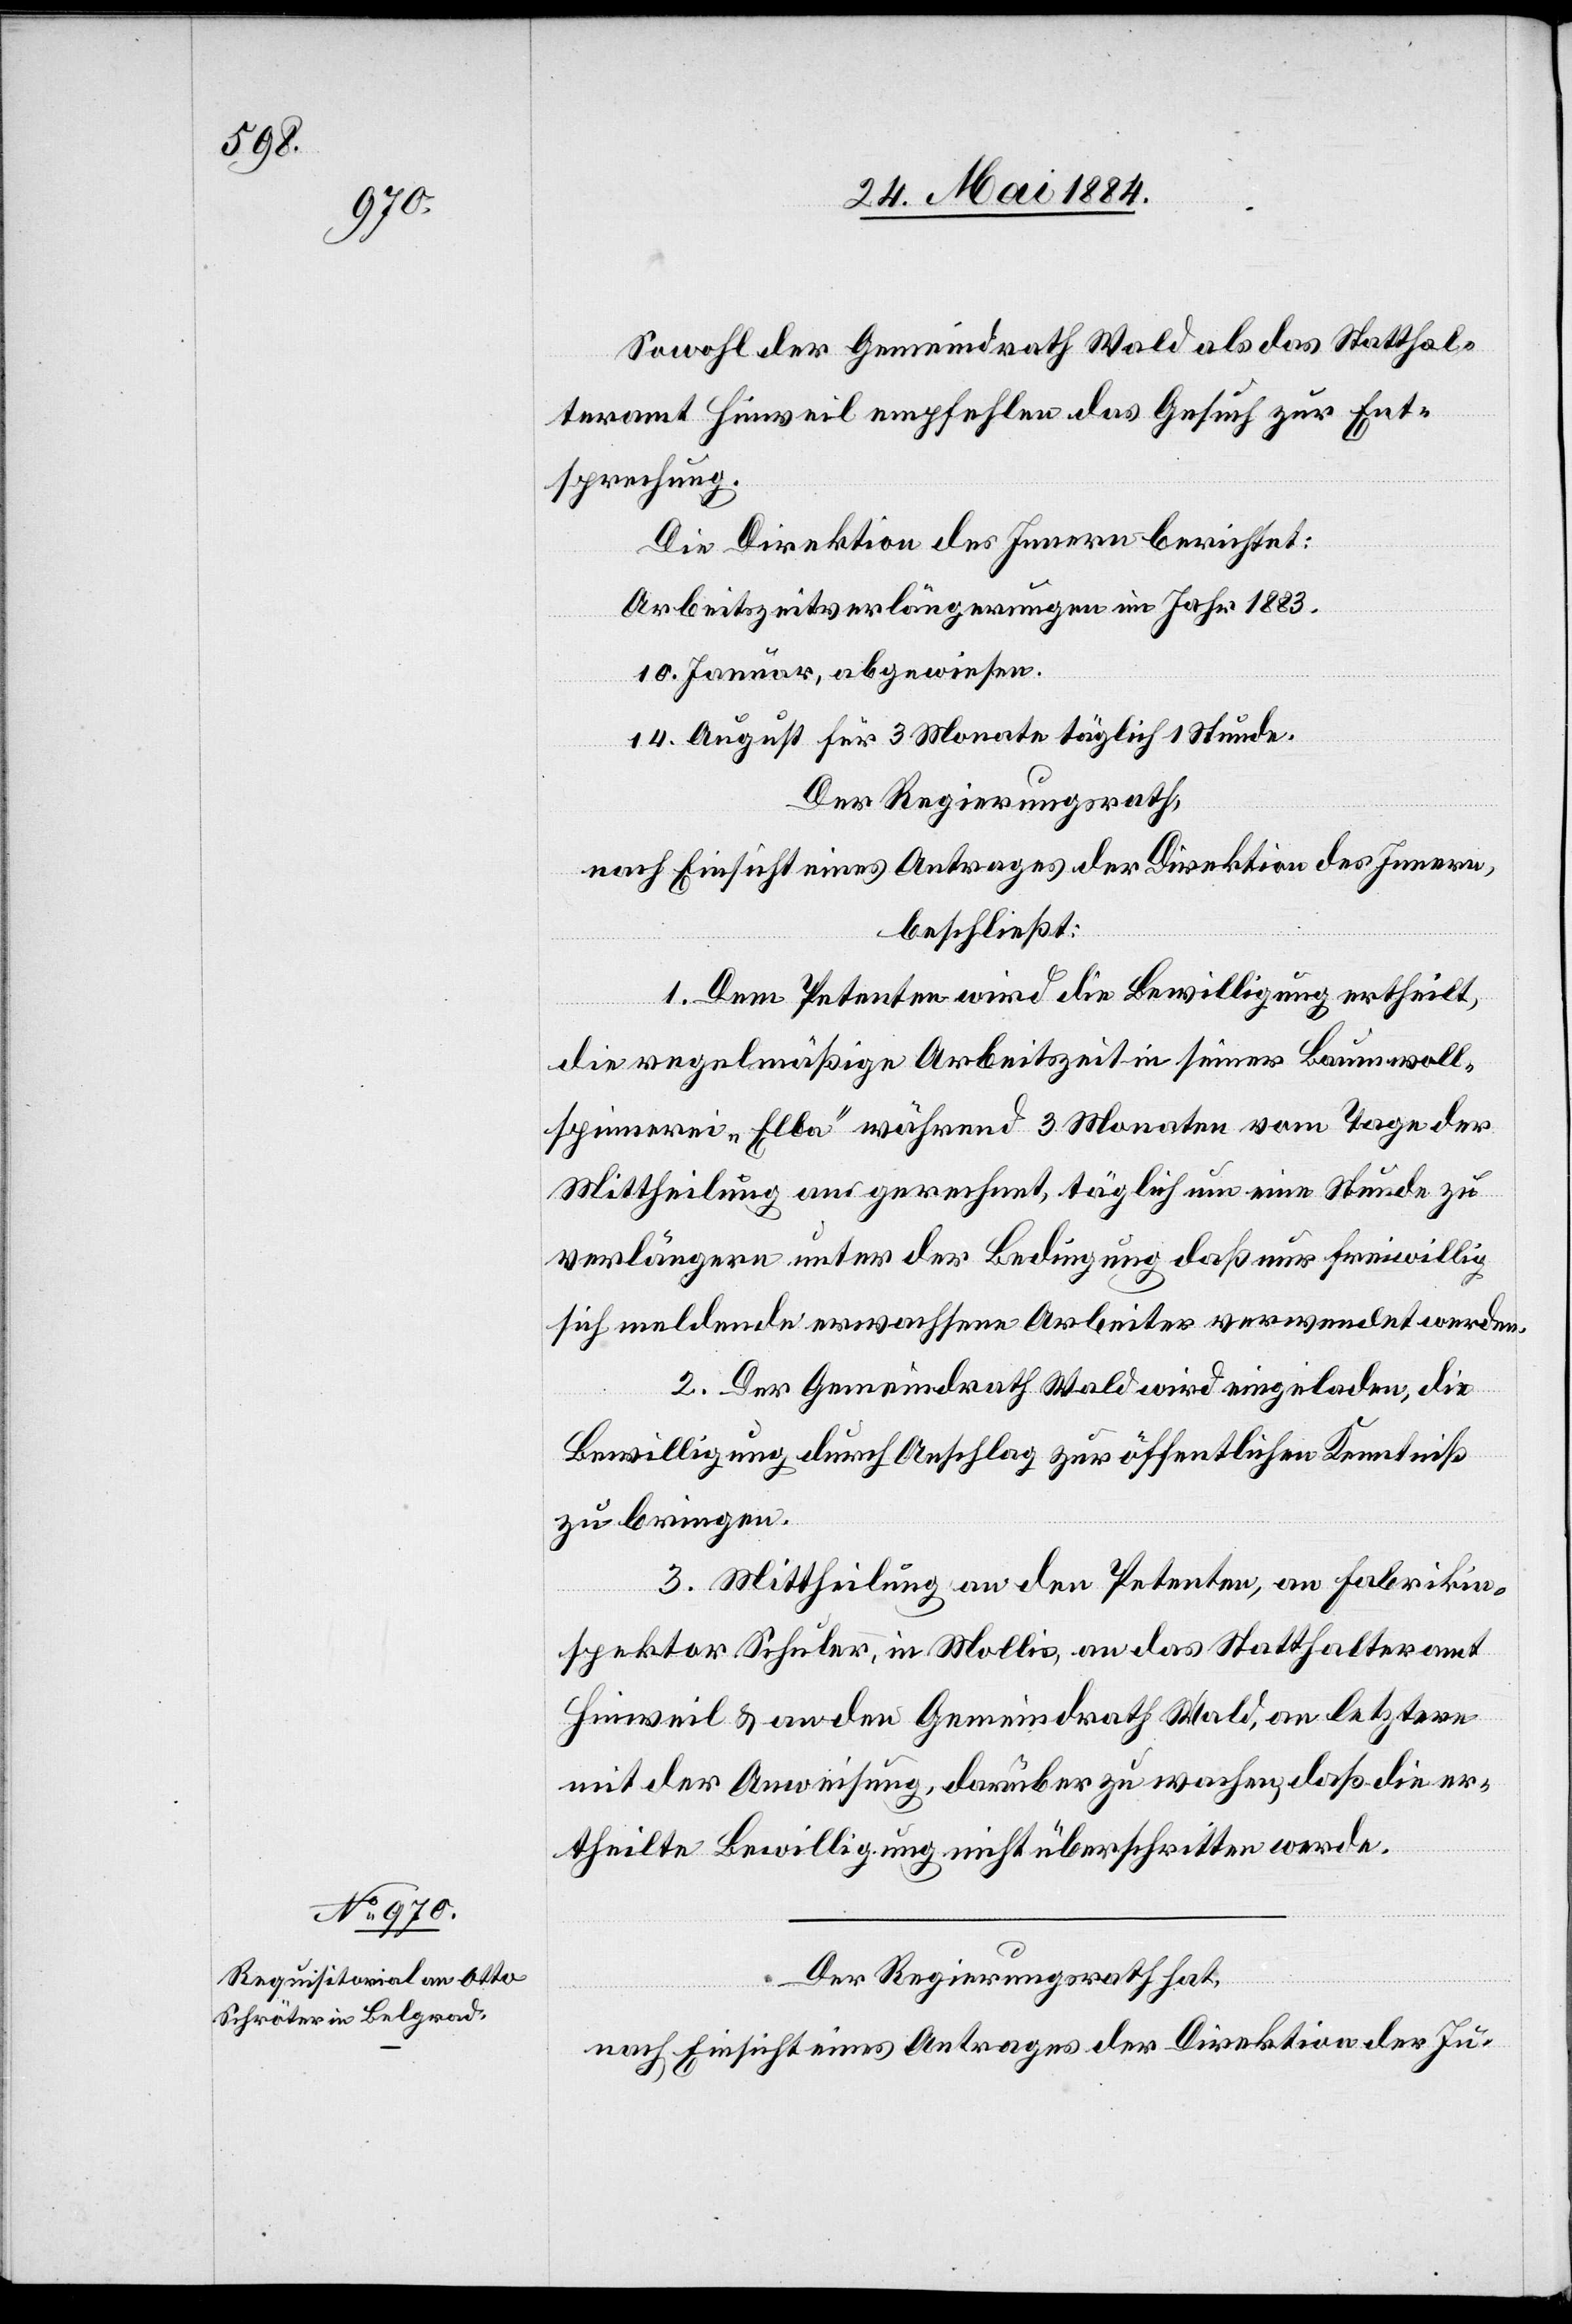
26. Mai 1884.]
Sowol der Gemeindrath Wald als das Statthal¬
teramt Hinweil empfehlen das Gesuch zur Ent¬
sprechung.
Die Direktion des Innern berichtet:
Arbeitszeitverlängerungen im Jahr 1883.
10. Januar abgewiesen.
14. August für 3 Monate täglich 1 Stunde.
Der Regierungsrath,
nach Einsicht eines Antrages der Direktion des Innern,
beschließt:
1. Dem Petenten wird die Bewilligung ertheilt,
die regelmäßige Arbeitszeit in seiner Baumwoll¬
spinnerei „Elba“ während 3 Monaten vom Tage der
Mittheilung an gerechnet, täglich um eine Stunde zu
verlängern unter der Bedingung, daß nur freiwillig
sich meldende erwachsene Arbeiter verwendet werden.
2. Der Gemeindrath Wald wird eingeladen, die
Bewilligung durch Anschlag zur öffentlichen Kenntniß
zu bringen.
3. Mittheilung an den Petenten, an Fabrikin¬
spektor Schuler, in Mollis, an das Statthalteramt
Hinweil & an den Gemeindrath Wald, an letztern
mit der Anweisung, darüber zu wachen, daß die er¬
theilte Bewilligung nicht überschritten werde.
Der Regierungsrath hat,
nach Einsicht eines Antrages der Direktion der Ju-